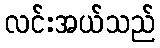
လင်းအယ်သည်